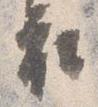
衣